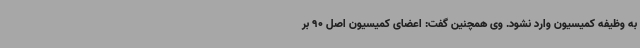
به وظیفه کمیسیون وارد نشود. وی همچنین گفت: اعضای کمیسیون اصل 90 بر